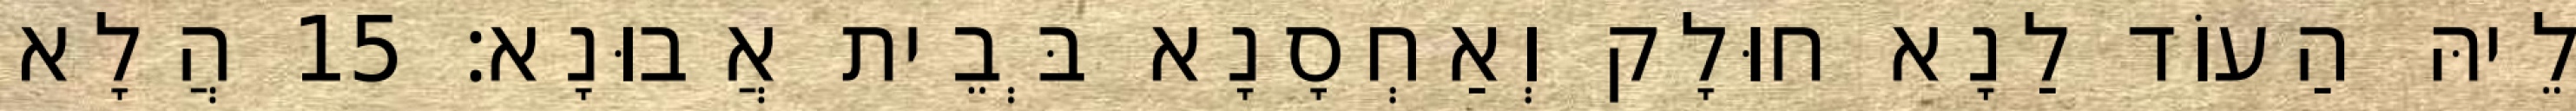
לֵיהּ הַעוֹד לַנָא חוּלָק וְאַחְסָנָא בְּבֵית אֲבוּנָא׃ 15 הֲלָא